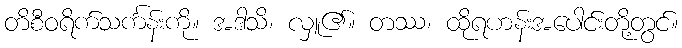
တိစီဝရိက်သင်္ကန်းကို။ အဒါသိ၊ လှူ၏။ တဿ၊ ထိုရဟန်းအပေါင်းတို့တွင်။